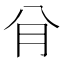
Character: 䏌